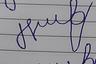
Signature authenticity: forged